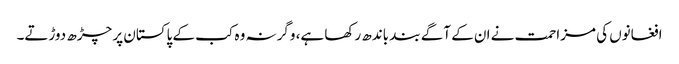
افغانوں کی مزاحمت نے ان کے آگے بند باندھ رکھا ہے، وگرنہ وہ کب کے پاکستان پر چڑھ دوڑتے۔